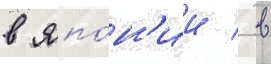
в япо́н'ии / в